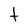
Character: t